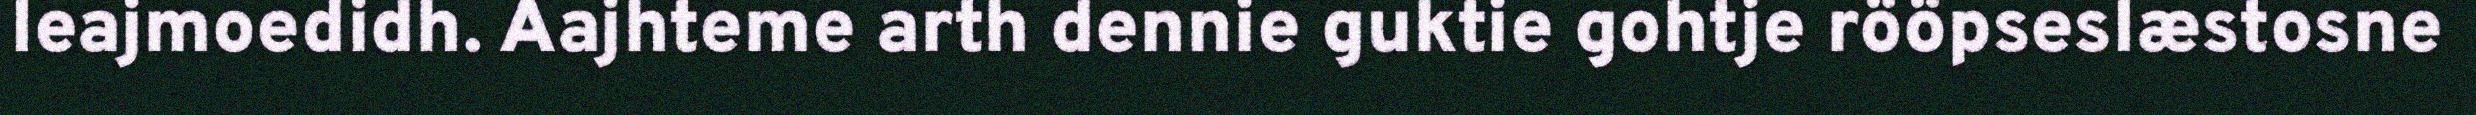
leajmoedidh. Aajhteme arth dennie guktie gohtje rööpseslæstosne